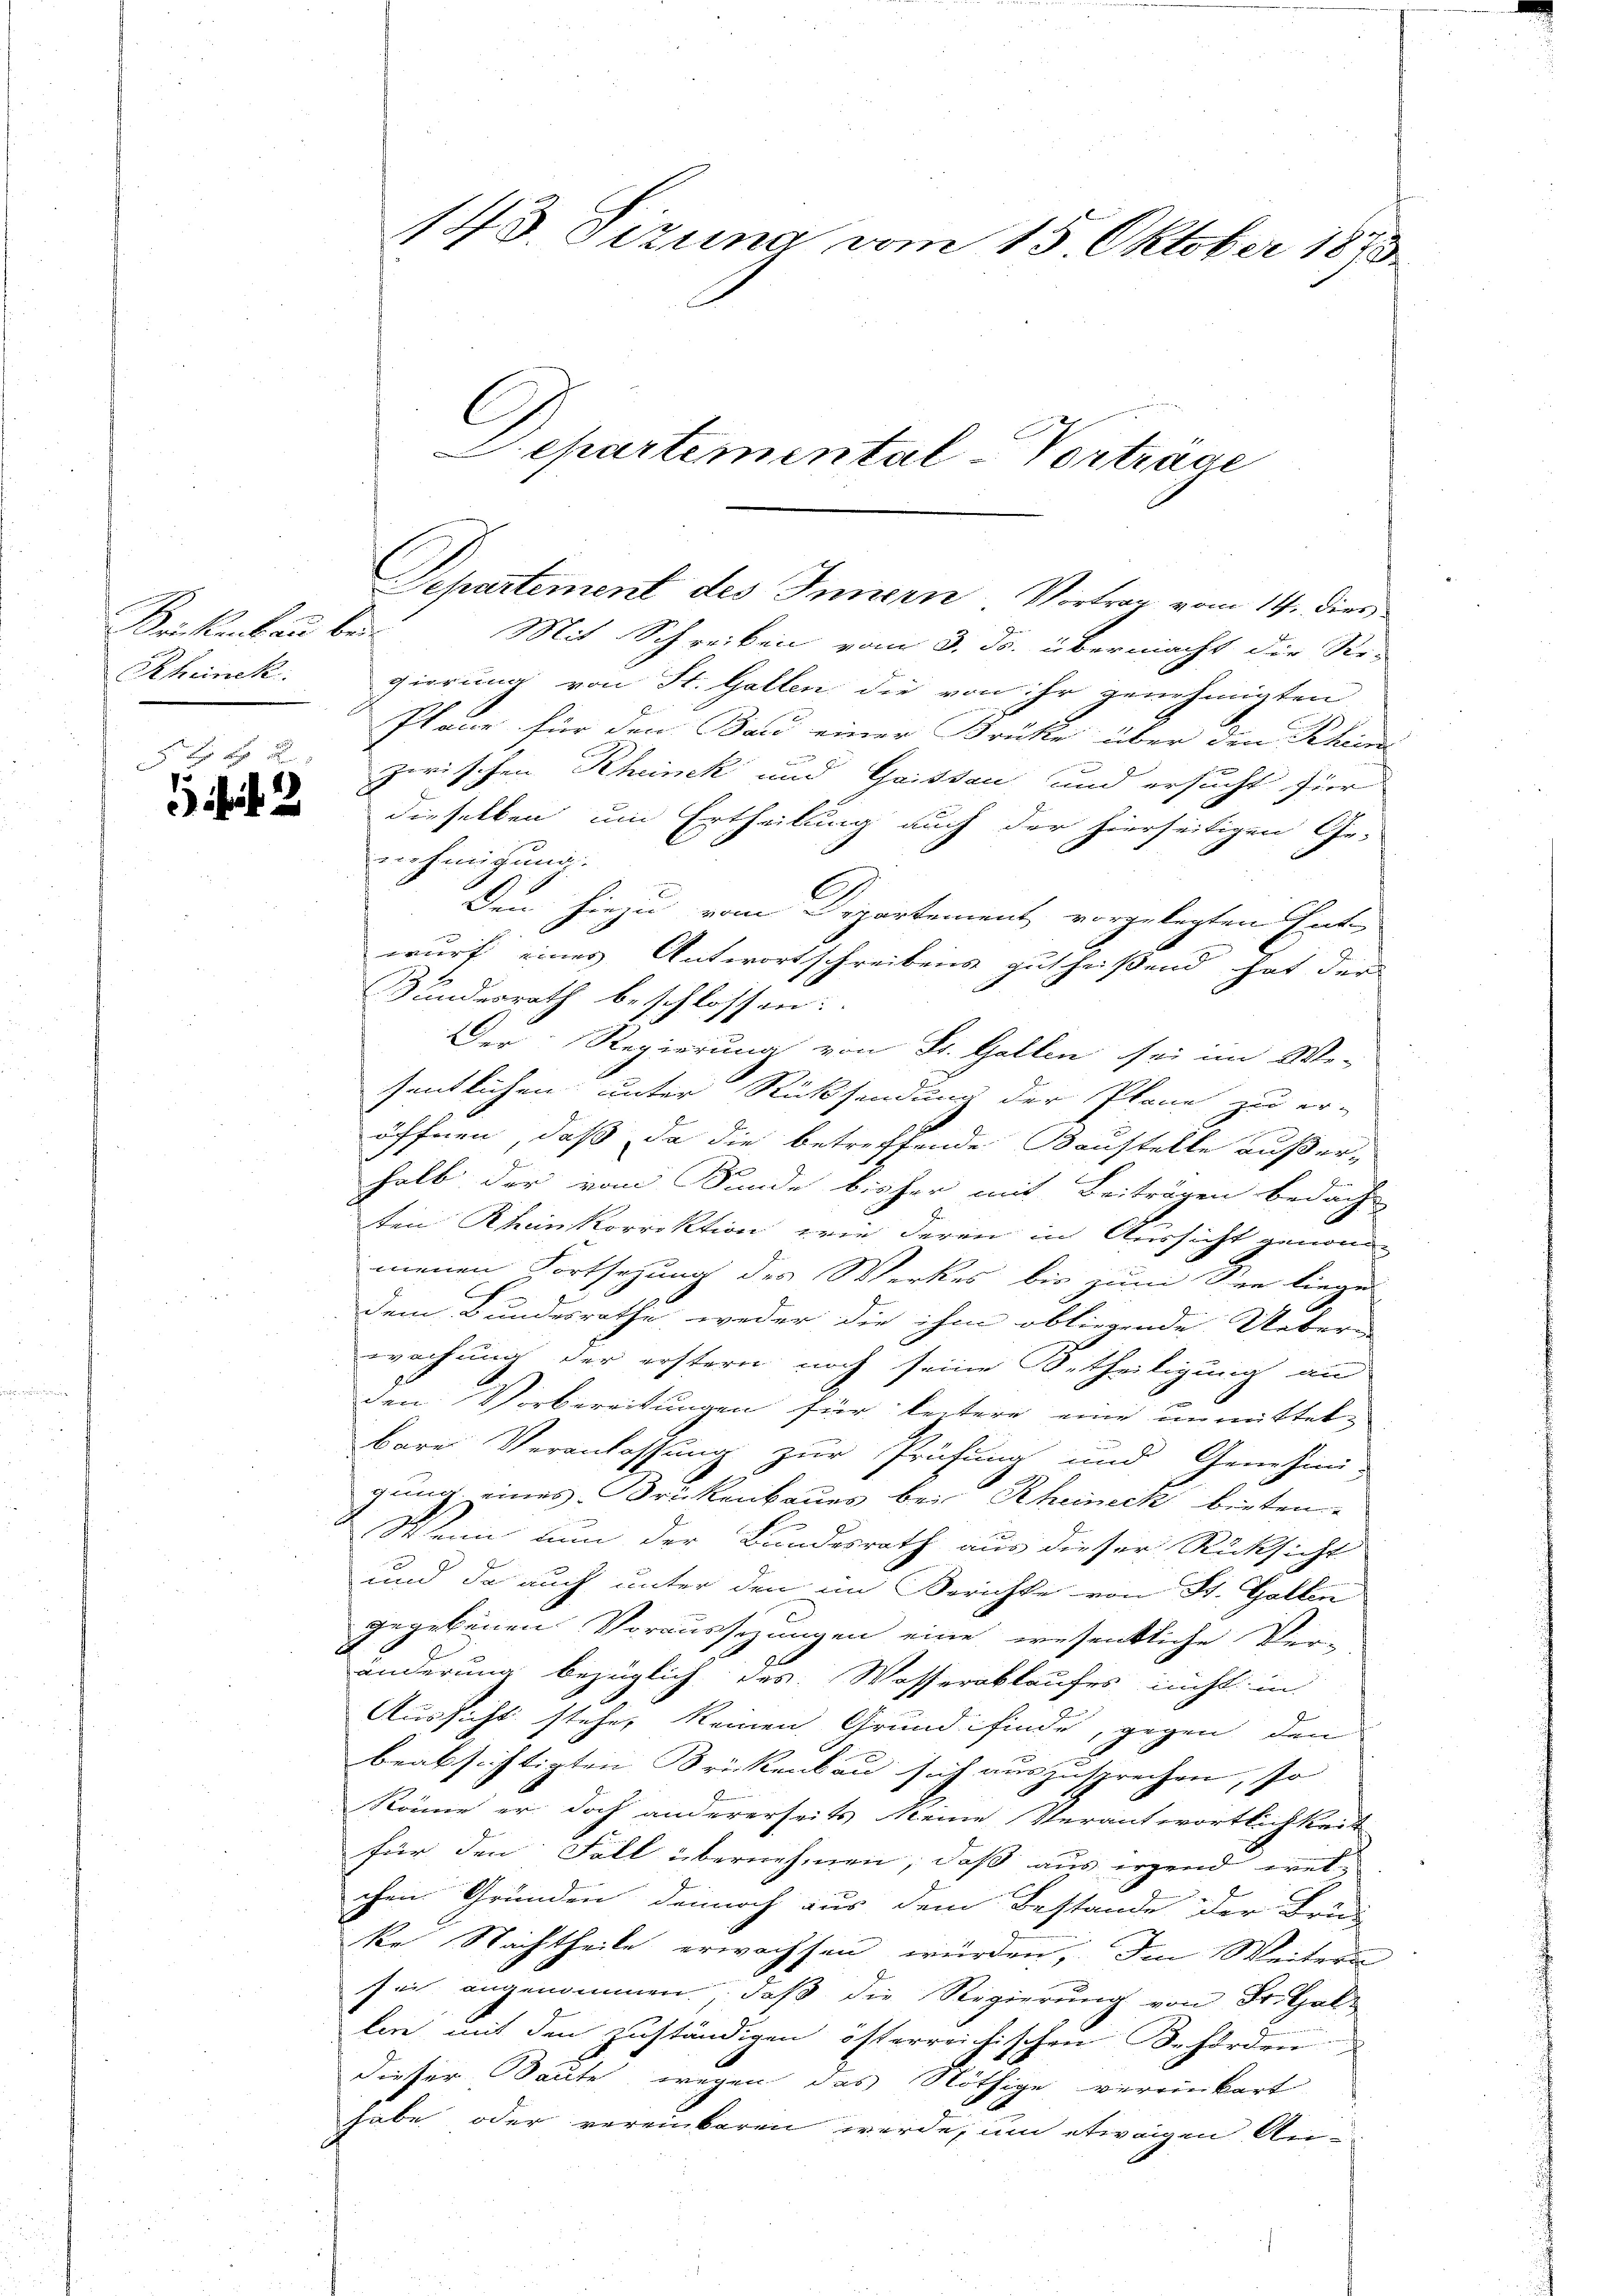
Krikenbau bei
Rheinek

1 f 2

Mit Schreiben vom 3. ds. übermacht die Re-
gierung von St. Gallen die von ihr genehmigten
Plane für den Bau einer Brücke über den Rhein
zwischen Rheinek und Gaissau und ersucht für
dieselben um Ertheilung auch der hierseitigen Ge-
nehmigung.
Den hiezu vom Departement vorgelegten Ent-
wurf eines Antwortschreibens zutheißend hat der
Bundesrath beschlossen:
Der Regierung von St. Gallen sei im We-
sentlichen unter Rücksendung der Plane zu er-
öffnen, daß da die betreffende Baustelle außerhalb der vom Bunde bisher mit Beiträgen bedach-
ten Rheinkorrektion wie deren in Aussicht genom-
menen Fortsezung des Werkes bis zum See liege
dem Bundesrathe, weder die ihm obliegende Ueber-
wachung der erstern noch seine Urtheiligung an
den Vorbereitungen für leitere eine unmittelbare Veranlassung zur Prüfung und Genehmi-
gung eines Brückenbaues bei Rheineck bieten
Wenn nun der Bundesrath aus dieser Rücksicht
und da auch unter den im Berichte von St. Gallen
gegebenen Voraussezungen eine wesentliche Ver-
änderung bezüglich des Wasserablaufes nicht in
Aussicht stehe, keinen Grund finde, gegen den
beabsichtigten Brückenbau sich auszusprechen, so
Röme er doch andererseits Meine Verantwortlichkeit
für den Fall übernehmen, daß aus irgend welchen Gründen dennoch aus dem Bestande der Brud
ke Nachtheile erwachsen würden. Im Weitern
sei angenommen, daß die Regierung von Frithallere mit den zuständigen österreichischen Behörden
dieser Baute wegen das Nöthige vereinkart
habe oder vereinbaren werde, um etwaigen An-

143. Sizung vom 15. Oktober 1873.

C

Departemental-Vortrage

Departement des Innern Vortrag vom 14. dies